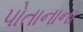
પોતાનાના